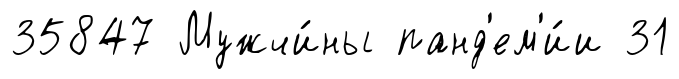
35847 Мужчи́ны панд'ем'и́и 31